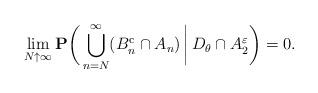
LaTeX: \begin{align*}\lim_{N\uparrow\infty}\mathbf{P}\biggl(\,\bigcup_{n=N}^{\infty}(B_{n}^{\mathrm{c}}\cap A_{n})\,\bigg|\,D_{\theta}\cap A_2^\varepsilon\biggr)=0.\end{align*}